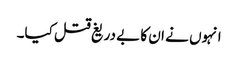
انہوں نے ان کا بے دریغ قتل کیا۔